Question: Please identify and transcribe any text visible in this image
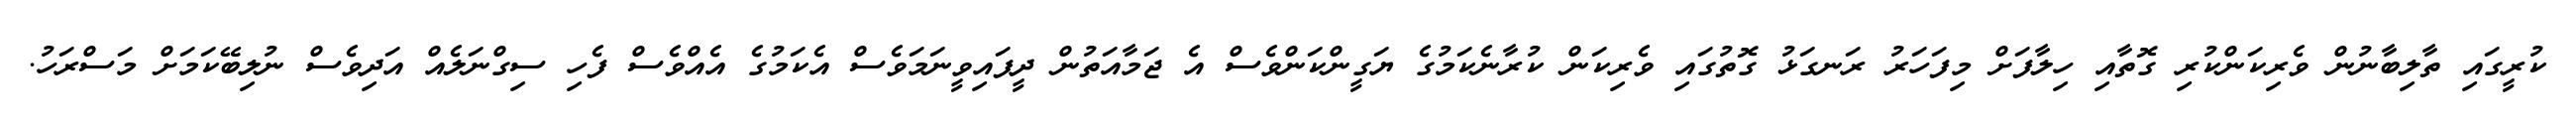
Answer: ކުރީގައި ތާލިބާނުން ވެރިކަންކުރި ގޮތާއި ހިލާފަށް މިފަހަރު ރަނގަޅު ގޮތުގައި ވެރިކަން ކުރާނެކަމުގެ ޔަގީންކަންވެސް އެ ޖަމާއަތުން ދީފައިވީނަމަވެސް އެކަމުގެ އެއްވެސް ފެހި ސިގްނަލެއް އަދިވެސް ނުލިބޭކަމަށް މަސްރަހު.